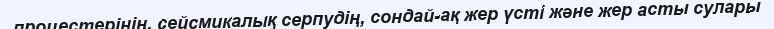
процестерінің, сейсмикалық серпудің, сондай-ақ жер үсті және жер асты сулары